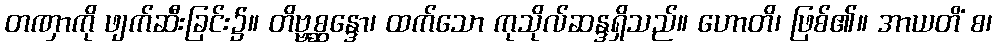
တဏှာကို ဖျက်ဆီးခြင်း၌။ တိဗ္ဗစ္ဆန္ဒော၊ ထက်သော ကုသိုလ်ဆန္ဒရှိသည်။ ဟောတိ၊ ဖြစ်၏။ အာယတိံ စ၊